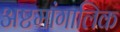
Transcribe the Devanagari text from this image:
अष्टमांगालिक